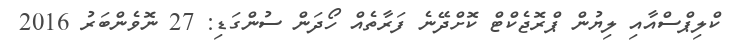
ކްލިޕްސްއާއި ލިޔުން ޕްރޮޖެކްޓް ކޮށްދޭނެ ފަރާތެއް ހޯދަން ސުންގަޑި: 27 ނޮވެންބަރު 2016